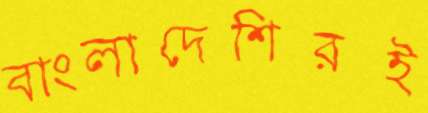
বাংলাদেশিরই